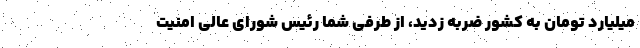
میلیارد تومان به کشور ضربه زدید، از طرفی شما رئیس شورای عالی امنیت